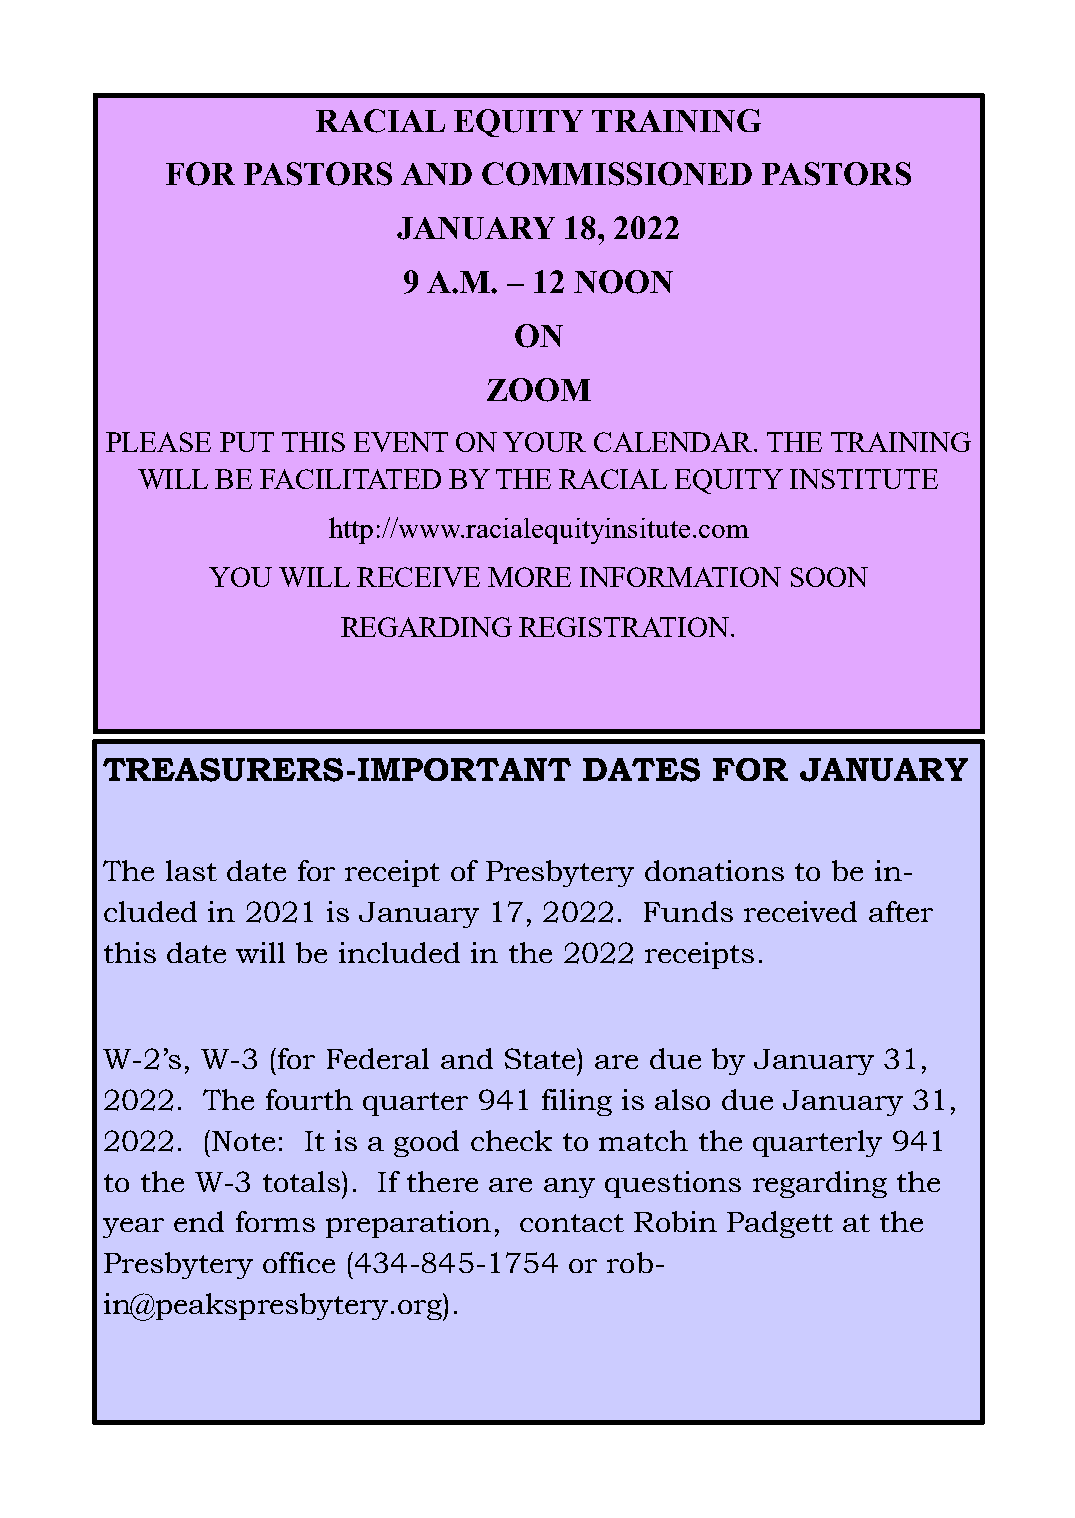
RACIAL   EQUITY   TRAINING
 FOR  PASTORS    AND  COMMISSIONED      PASTORS
 JANUARY    18, 2022
 9 A.M. – 12 NOON
 ON
 ZOOM
 PLEASE  PUT THIS EVENT ON YOUR  CALENDAR.   THE TRAINING
 WILL BE FACILITATED  BY THE RACIAL  EQUITY INSTITUTE
 http://www.racialequityinsitute.com
 YOU WILL  RECEIVE MORE  INFORMATION   SOON
 REGARDING  REGISTRATION.
 TREASURERS-IMPORTANT            DATES   FOR   JANUARY
 The last date for receipt of Presbytery donations to be in-
 cluded in 2021 is January 17, 2022. Funds received after
 this date will be included in the 2022 receipts.
 W-2’s, W-3 (for Federal and State) are due by January 31,
 2022. The  fourth quarter 941 filing is also due January 31,
 2022. (Note: It is a good check to match the quarterly 941
 to the W-3 totals). If there are any questions regarding the
 year end forms preparation, contact Robin Padgett at the
 Presbytery office (434-845-1754 or rob-
 in@peakspresbytery.org).